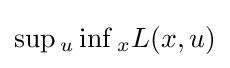
\sup {}_{u}\inf {}_{x}L(x,u)